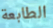
الطابعة